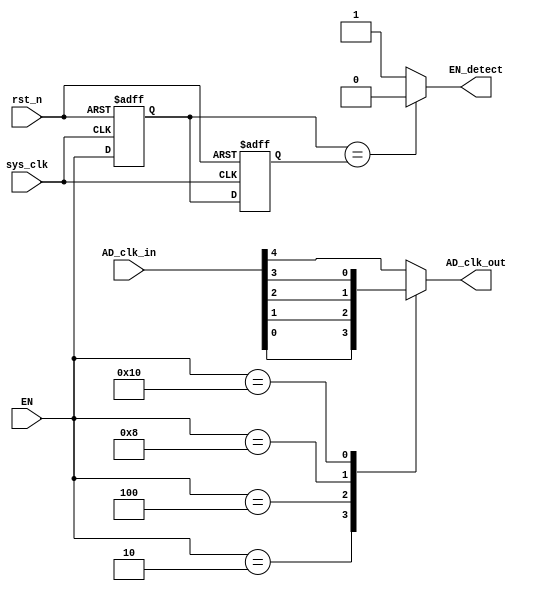
`timescale 1ns / 1ps
//////////////////////////////////////////////////////////////////////////////////
// Company: 
// Engineer: 
// 
// Design Name: 
// Module Name: AD_clk_mux
// Project Name: 
// Target Devices: 
// Tool Versions: 
// Description: 
// 
// Dependencies: 
// 
// Revision:
// Revision 0.01 - File Created
// Additional Comments:
// 
//////////////////////////////////////////////////////////////////////////////////


module AD_clk_mux(
    input wire sys_clk,
    input wire rst_n,
    input wire [4:0] AD_clk_in,
    input wire [7:0] EN,
    output reg AD_clk_out,
    output wire EN_detect
    );

    reg [7:0] EN_detect_r0;
    reg [7:0] EN_detect_r1;
    
    initial begin
        EN_detect_r0 <= 8'd0;
        EN_detect_r1 <= 8'd0;
    end
    
    always @ (*) begin
        case (EN)
            8'b0000_0010 : AD_clk_out <= AD_clk_in[0];
            8'b0000_0100 : AD_clk_out <= AD_clk_in[1];
            8'b0000_1000 : AD_clk_out <= AD_clk_in[2];
            8'b0001_0000 : AD_clk_out <= AD_clk_in[3];
            8'b0010_0000 : AD_clk_out <= AD_clk_in[4];
            default      : AD_clk_out <= AD_clk_in[4];
        endcase
    end
    
    // detect changes of EN
    assign EN_detect = (EN_detect_r0 == EN_detect_r1) ? 1'b0: 1'b1;
    always @ (posedge sys_clk or negedge rst_n) begin
        if (!rst_n) begin
            EN_detect_r0 <= 8'd0;
            EN_detect_r1 <= 8'd0;
        end
        else begin
            EN_detect_r0 <= EN;
            EN_detect_r1 <= EN_detect_r0;
        end
    end
    
endmodule